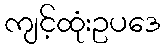
ကျင့်ထုံးဥပဒေ